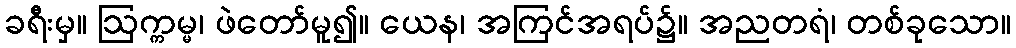
ခရီးမှ။ ဩက္ကမ္မ၊ ဖဲတော်မူ၍။ ယေန၊ အကြင်အရပ်၌။ အညတရံ၊ တစ်ခုသော။